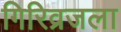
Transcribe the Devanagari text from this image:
गिरिव्रजला